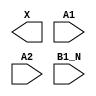
module sky130_fd_sc_hs__o21ba (
    X   ,
    A1  ,
    A2  ,
    B1_N
);

    output X   ;
    input  A1  ;
    input  A2  ;
    input  B1_N;

    // Voltage supply signals
    supply1 VPWR;
    supply0 VGND;

endmodule